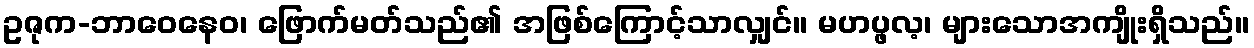
ဥဇုက-ဘာဝေနေဝ၊ ဖြောက်မတ်သည်၏ အဖြစ်ကြောင့်သာလျှင်။ မဟပ္ဖလ့၊ များသောအကျိုးရှိသည်။